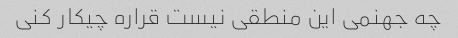
چه جهنمی این منطقی نیست قراره چیکار کنی